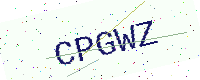
Text: CPGWZ